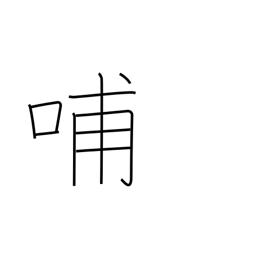
Meaning: nurse